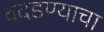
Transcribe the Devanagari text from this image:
बदडण्याचा